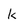
Character: k